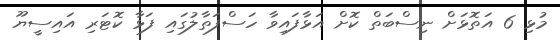
މުޅި 6 އަތޮޅަށް ނިސްބަތް ކޮށް އަޅާފައިވާ ހަސްފަތާލުގައި ފަޅާ ކޮޓަރި އައިސީޔޫ